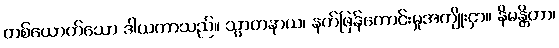
တစ်ယောက်သော ဒါယကာသည်။ သွာတနာယ၊ နက်ဖြန်ကောင်းမှုအကျိုးငှာ။ နိမန္တိတာ၊